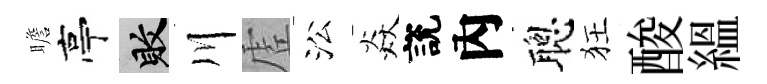
瞻亭敗川虗㳂焱說內聰狂酸緼